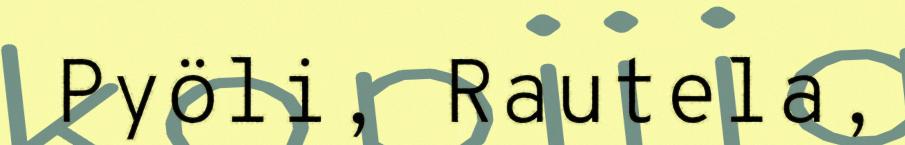
Pyöli, Rautela,